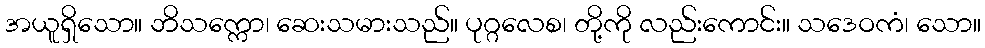
အယူရှိသော။ ဘိသက္ကော၊ ဆေးသမားသည်။ ပုဂ္ဂလေစ၊ တို့ကို လည်းကောင်း။ သဒေဝကံ၊ သော။